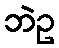
ဘဲဥ